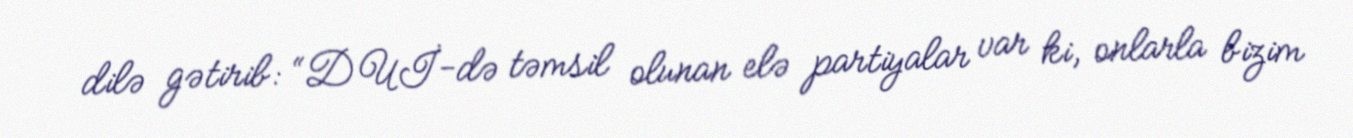
dilə gətirib: “DUİ-də təmsil olunan elə partiyalar var ki, onlarla bizim